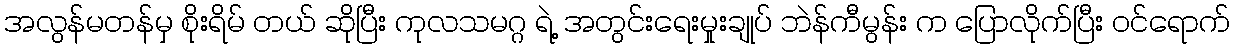
အလွန်မတန်မှ စိုးရိမ် တယ် ဆိုပြီး ကုလသမဂ္ဂ ရဲ့ အတွင်းရေးမှုးချုပ် ဘဲန်ကီမွန်း က ပြောလိုက်ပြီး ဝင်ရောက်